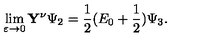
\lim _ { \varepsilon \to 0 } \mathbf { Y } ^ { \nu } \Psi _ { 2 } = \frac { 1 } { 2 } ( E _ { 0 } + \frac { 1 } { 2 } ) \Psi _ { 3 } .